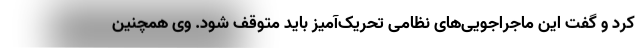
کرد و گفت این ماجراجویی‌های نظامی تحریک‌آمیز باید متوقف شود. وی همچنین